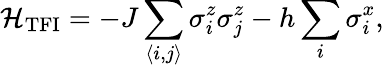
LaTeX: \mathcal{H}_{\mathrm{TFI}}=-J\sum_{\langle i,j\rangle}\sigma_{i}^{z}\sigma_{j}^{z}-h\sum_{i}\sigma_{i}^{x},